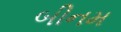
બીનમ